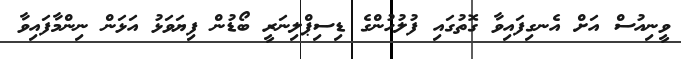
ވީނިއުސް އަށް އެނގިފައިވާ ގޮތުގައި ފުލުހުންގެ ޑިސިޕްލިނަރީ ބޯޑުން ފިޔަވަޅު އަޅަން ނިންމާފައިވާ